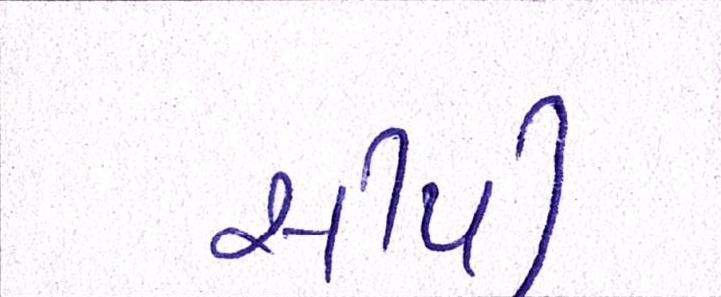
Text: સીપી